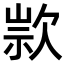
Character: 𣣗